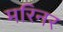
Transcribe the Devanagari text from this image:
मरिनर